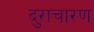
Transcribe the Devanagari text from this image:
दुराचारण